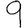
Digit: 9